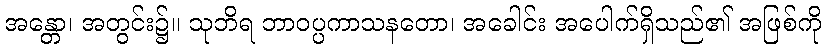
အန္တော၊ အတွင်း၌။ သုဘိရ ဘာဝပ္ပကာသနတော၊ အခေါင်း အပေါက်ရှိသည်၏ အဖြစ်ကို